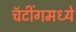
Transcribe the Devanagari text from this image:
चॅटींगमध्ये